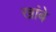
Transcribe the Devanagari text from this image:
खांबे